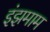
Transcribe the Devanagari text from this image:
इंझमाम